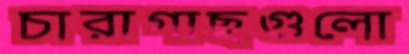
চারাগাছগুলো